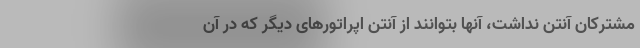
مشترکان آنتن نداشت، آنها بتوانند از آنتن اپراتورهای دیگر که در آن